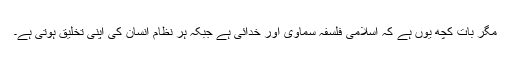
مگر بات کچھ یوں ہے کہ اسلامی فلسفہ سماوی اور خدائی ہے جبکہ ہر نظام انسان کی اپنی تخلیق ہوتی ہے۔